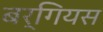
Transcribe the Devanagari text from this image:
बर्गियस